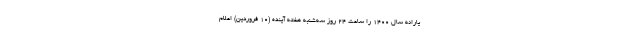
یارانه سال ۱۴۰۰ را ساعت ۲۴ روز سه‌شنبه هفته آینده (۱۰ فروردین) اعلام